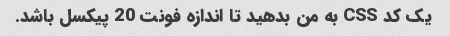
یک کد CSS به من بدهید تا اندازه فونت 20 پیکسل باشد.